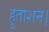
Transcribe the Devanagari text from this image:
हुताशन।